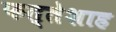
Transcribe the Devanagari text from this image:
फत्तेशाह